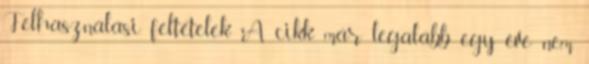
Felhasználási feltételek A cikk már legalább egy éve nem